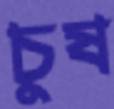
চুষ